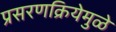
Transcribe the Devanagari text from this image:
प्रसरणक्रियेमुळे